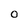
Character: 0